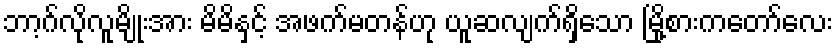
ဘာ့ဂ်လိုလူမျိုးအား မိမိနှင့် အဖက်မတန်ဟု ယူဆလျက်ရှိသော မြို့စားကတော်လေး